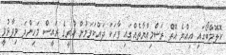
ކޮލޮމްބޯގައި އިއްޔެ އޮތް ރަސްމިއްޔާތެއްގައި ވާހަކަ ދައްކަވަމުން ކުރީގެ ރައީސް މަހިންދަ ވިދާޅުވީ